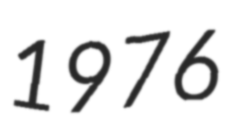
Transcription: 1976